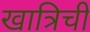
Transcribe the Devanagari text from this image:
खात्रिची